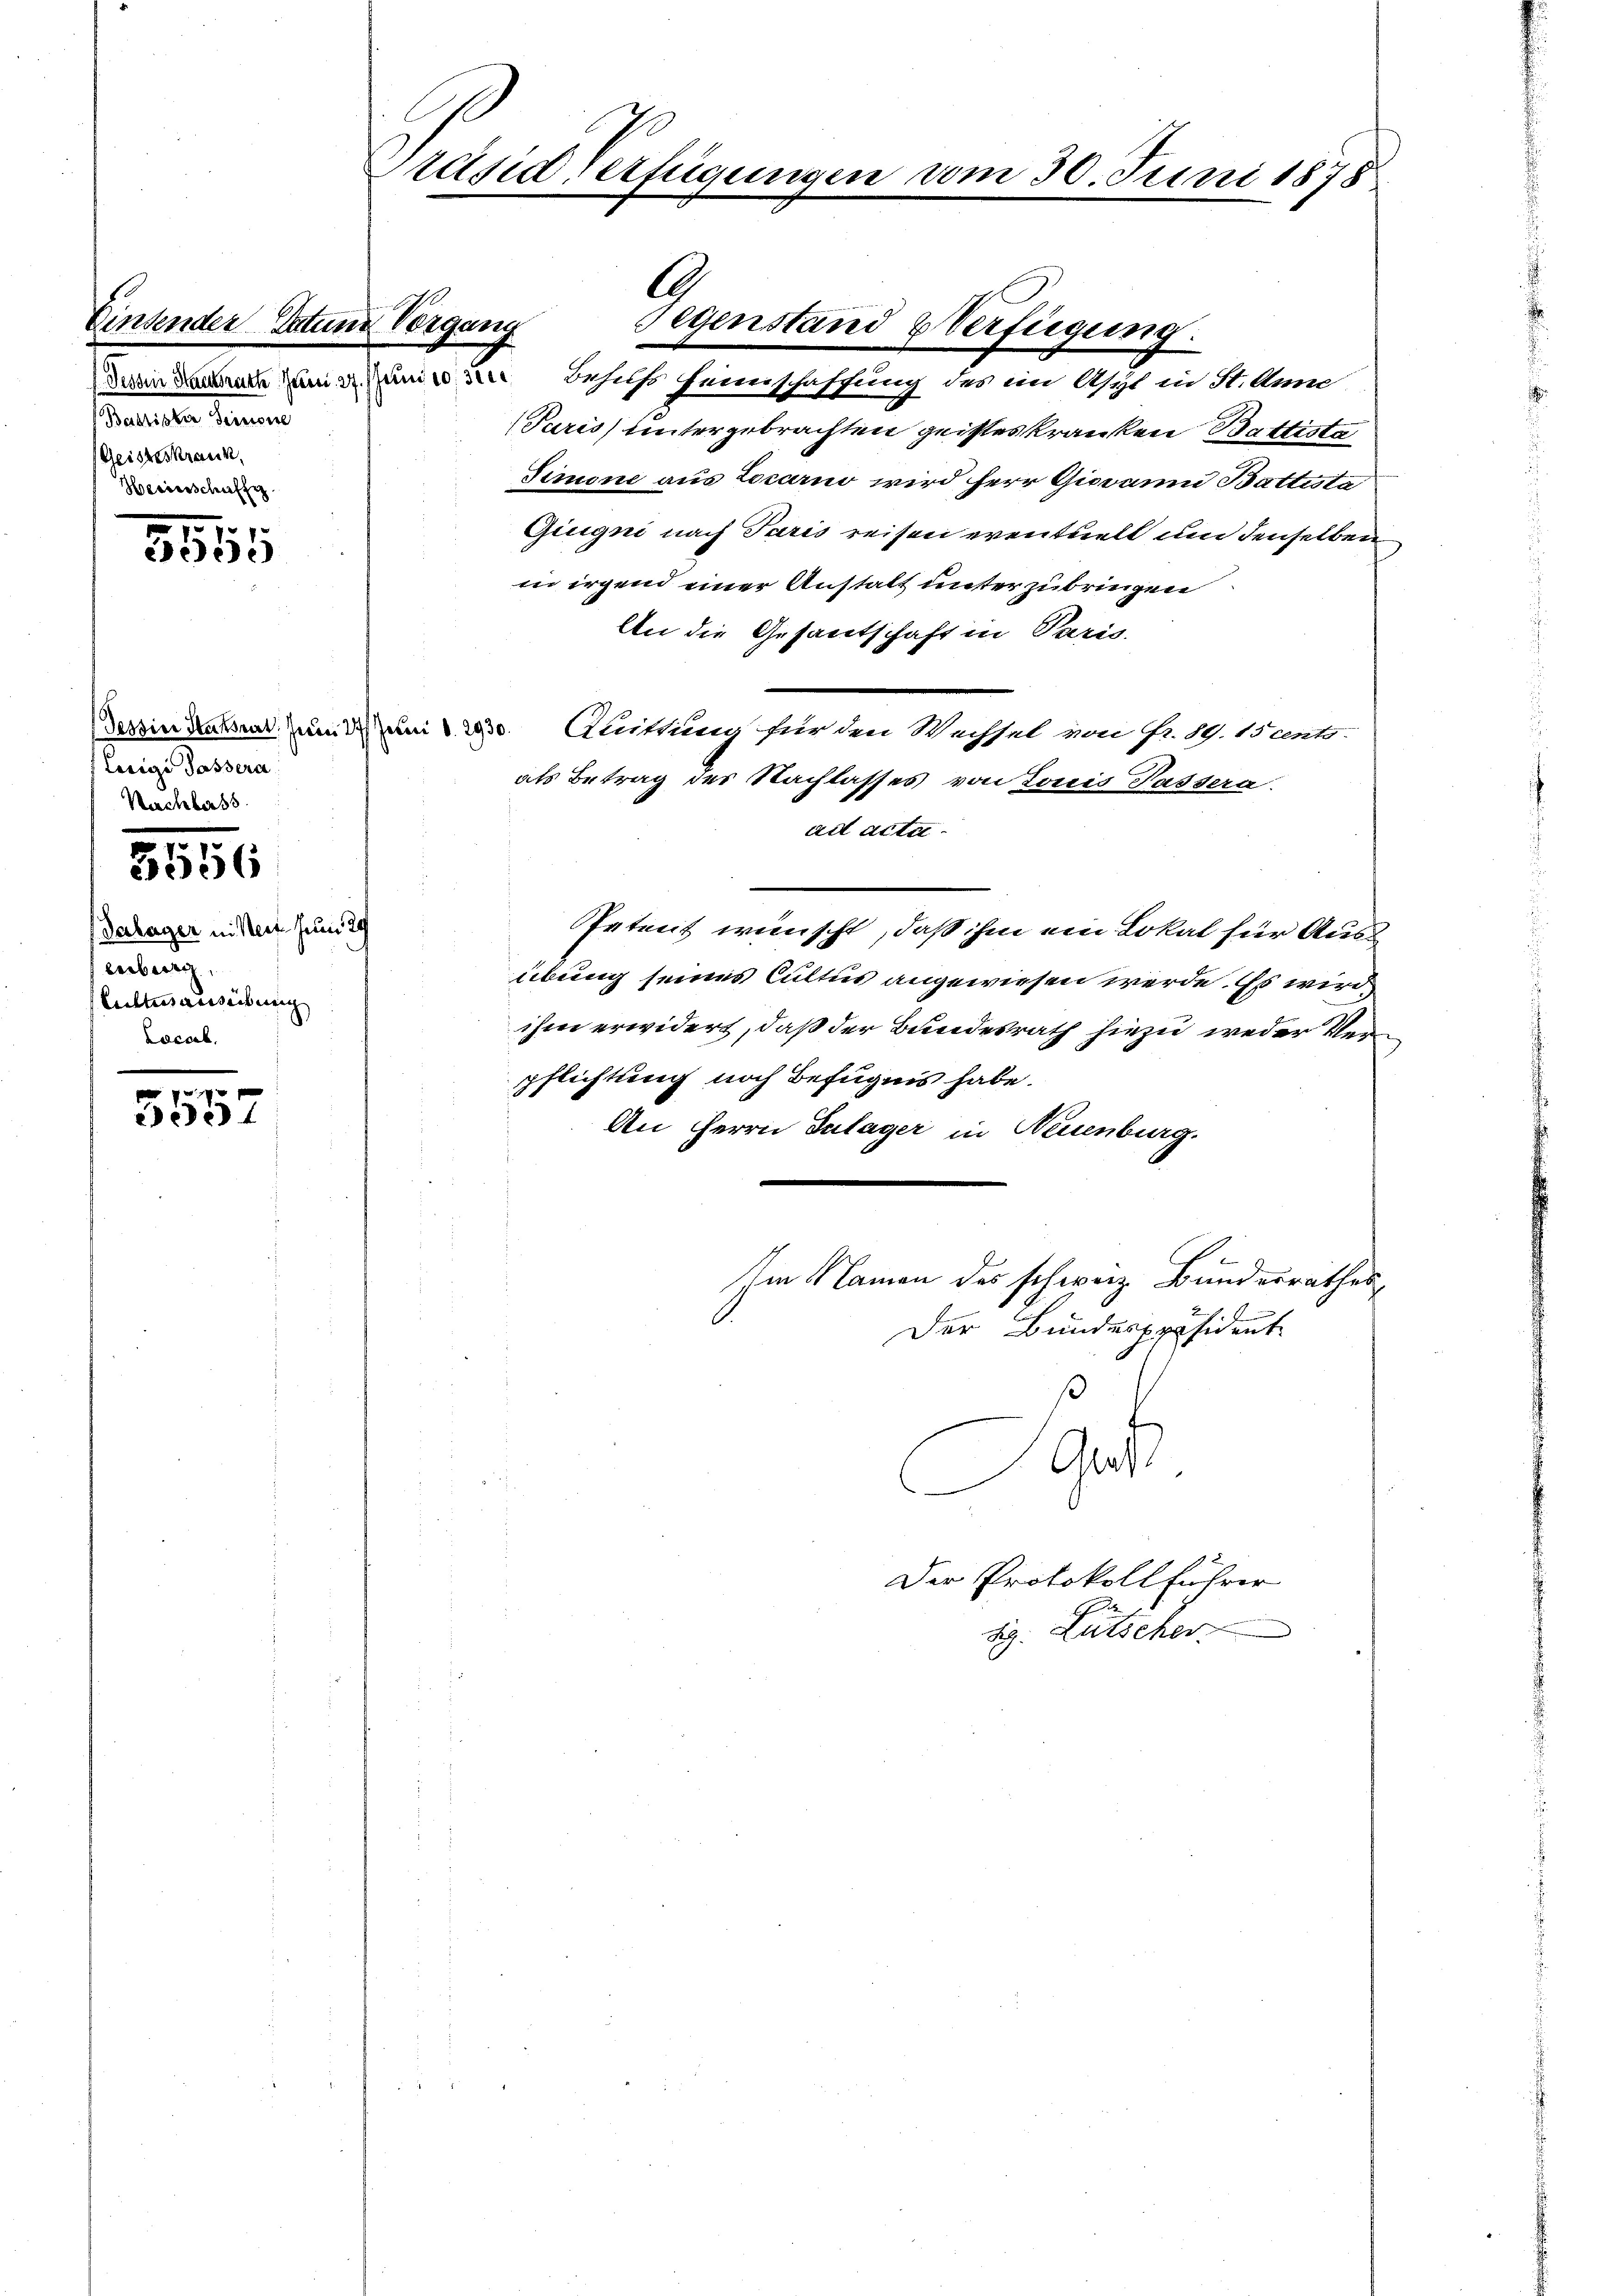
Einsender Vate
Feueren se
Baptister Seinore
Geisteskrank,
Herinschaffig

.
5555

57
s
2556

Verhager ni seit zum 20
arburg
Euttsausübung
Locarb,

5557

Lerige Passera
Nachbars

n
Behufs Heimschaffung des im Asyl in St. Anne
Paris untergebrachten geisteskranken Battista
Simone aus Locarno wird herr Giovann Battista
Giugni nach Paris reisen eventuell um denselben
in irgend einer Anstalt unterzubringen
An die Gesantschaft in Paris.
Bessin dassen um den § 2030. Quittung für den Wechsel von Fr. 19. Mento.
als Betrag des Nachlasses von Louis Passera
ad acta
Patent wünscht, daß ihm ein Lokal für Ausübung seines Cultus angewiesen werde. Es wird
ihm erwidert, daß der Bundesrath hiezu weder Verpflichtung noch Befugnis habe.
An Herrn Zulager in Neuenburg.
Im Namen des schweiz. Bundesrathes
Der Bundespräsident
Gat
Der Protokollführer
dig. Lütscher

Präsid verfügungen

G
Gegenstand Verfügung.

vom 30. Juni 1878